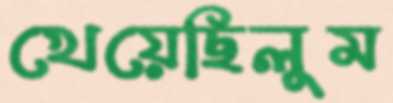
খেয়েছিলুম